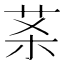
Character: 𰰵